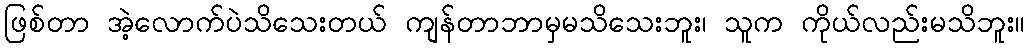
ဖြစ်တာ အဲ့လောက်ပဲသိသေးတယ် ကျန်တာဘာမှမသိသေးဘူး၊ သူက ကိုယ်လည်းမသိဘူး။